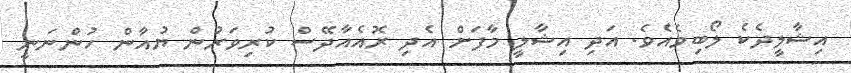
އިޝާލީދެކެ ލޯބިވެއެވެ. އަދި އިޝާލީ މާފަށް އެދި ރޮއެއާދޭސް ކުރިވަރުން ޔުއާން ހުންނަނީ